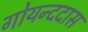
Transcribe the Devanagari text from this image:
गोयन्ददास